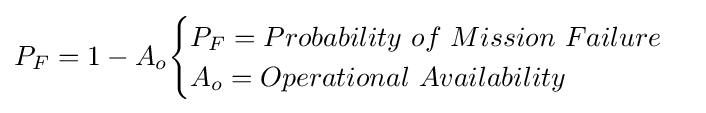
P_{F}=1-A_{o}{\begin{cases}P_{F}=Probability\ of\ Mission\ Failure\\A_{o}=Operational\ Availability\end{cases}}